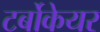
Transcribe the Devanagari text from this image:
टर्बोकेयर